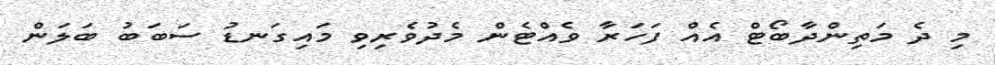
މި ދެ މަތިންދާބޯޓް އެއް ފަހަރާ ވެއްޓެން މެދުވެރިވި މައިގަނޑު ސަބަބު ބަލަން